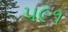
૫૯૧